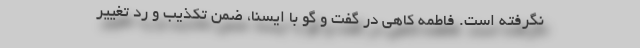
نگرفته است. فاطمه کاهی در گفت و گو با ایسنا، ضمن تکذیب و رد تغییر